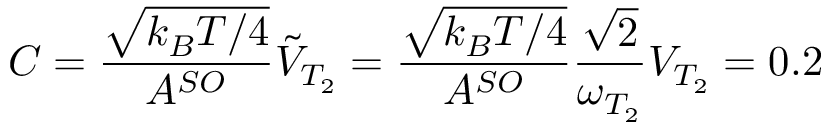
C = \frac { \sqrt { k _ { B } T / 4 } } { A ^ { S O } } \tilde { V } _ { T _ { 2 } } = \frac { \sqrt { k _ { B } T / 4 } } { A ^ { S O } } \frac { \sqrt { 2 } } { \omega _ { T _ { 2 } } } V _ { T _ { 2 } } = 0 . 2